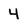
Character: 4